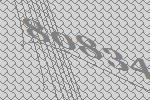
80834